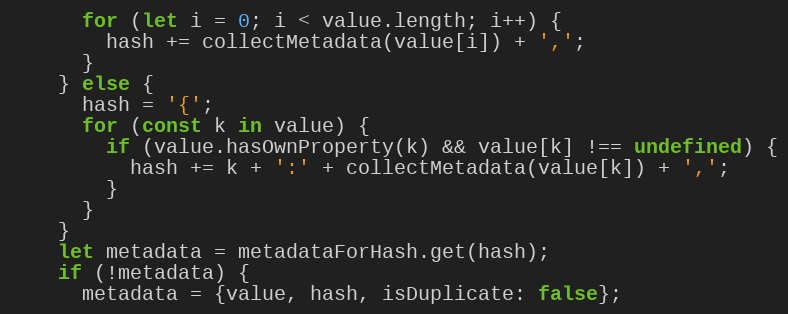
Language: JavaScript
      for (let i = 0; i < value.length; i++) {
        hash += collectMetadata(value[i]) + ',';
      }
    } else {
      hash = '{';
      for (const k in value) {
        if (value.hasOwnProperty(k) && value[k] !== undefined) {
          hash += k + ':' + collectMetadata(value[k]) + ',';
        }
      }
    }
    let metadata = metadataForHash.get(hash);
    if (!metadata) {
      metadata = {value, hash, isDuplicate: false};